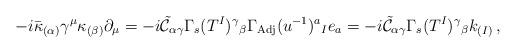
LaTeX: \begin{align*}-i\bar{\kappa}_{(\alpha)}\gamma^{\mu}\kappa_{(\beta)}\partial_{\mu} = -i\tilde{\mathcal{C}}_{\alpha\gamma} \Gamma_{s}(T^{I})^{\gamma}{}_{\beta} \Gamma_{\rm Adj}(u^{-1})^{a}{}_{I} e_{a} = -i\tilde{\mathcal{C}}_{\alpha\gamma} \Gamma_{s}(T^{I})^{\gamma}{}_{\beta}k_{(I)}\, ,\end{align*}